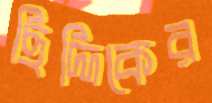
ছিদ্দিকের